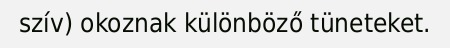
szív) okoznak különböző tüneteket.